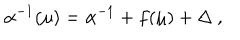
\alpha ^ { - 1 } ( \mu ) = \alpha ^ { - 1 } + f ( \mu ) + \Delta ~ ,